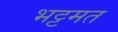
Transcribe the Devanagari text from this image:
भट्टमत